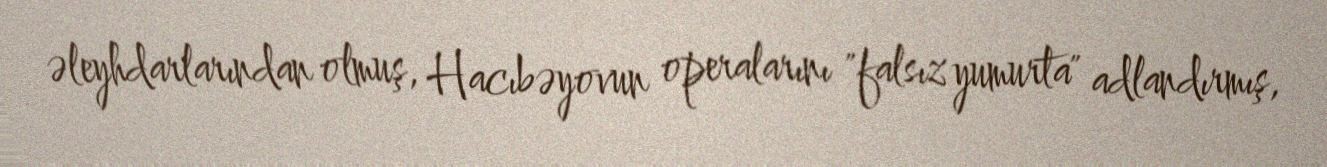
əleyhdarlarından olmuş, Hacıbəyovun operalarını "falsız yumurta" adlandırmış,